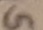
Text: G